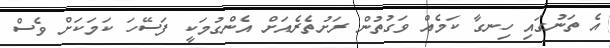
އެ ތަނުގައި ހިނގާ ކަމެއް ވަގުތުން ރަށުތެރެއަށް އެންގުމަކީ ފަސޭހަ ކަމަކަށް ވެސް